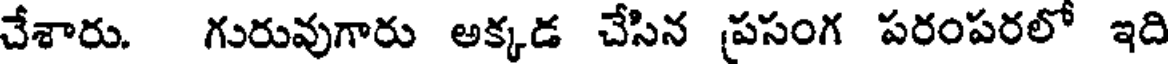
చేశారు. గురువుగారు అక్కడ చేసిన ప్రసంగ పరంపరలో ఇది